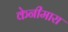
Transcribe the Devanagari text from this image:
केनीमारा